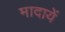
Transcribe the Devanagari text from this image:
मादायें